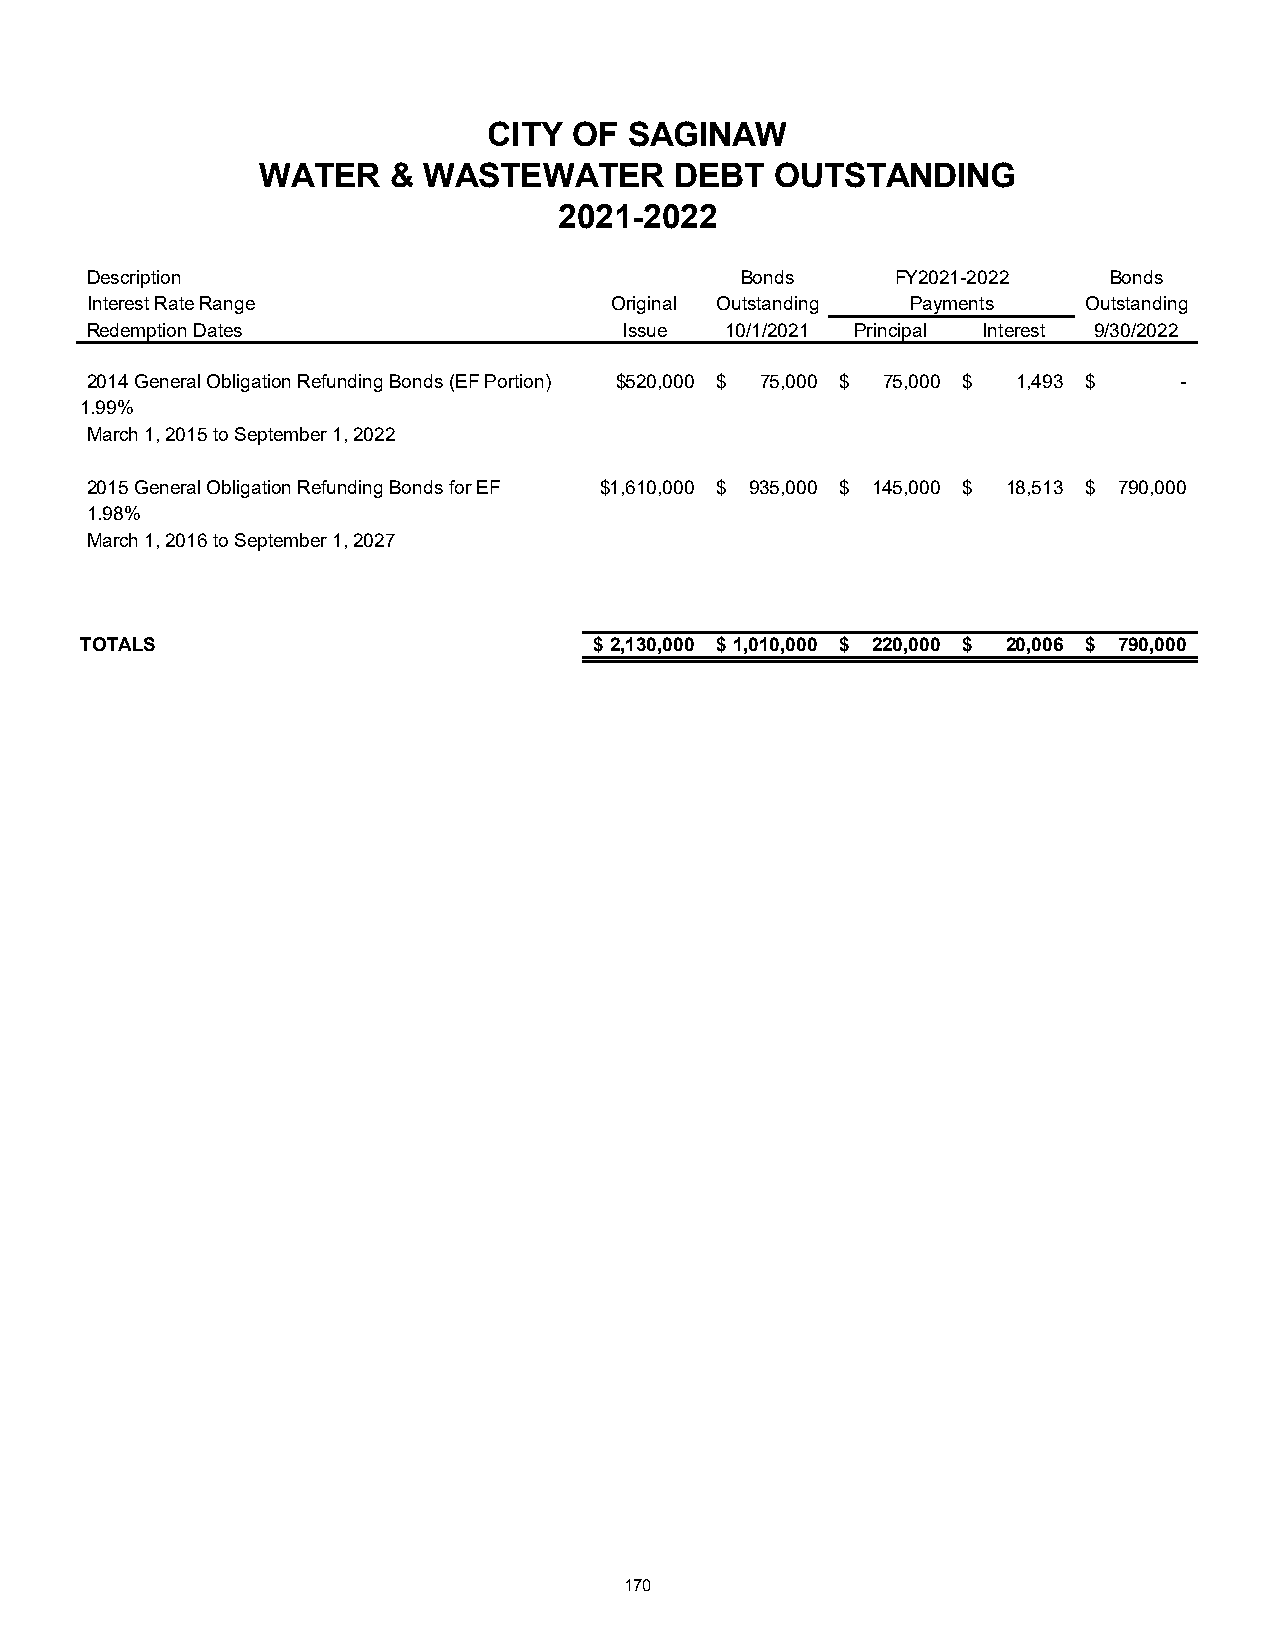
CITY  OF  SAGINAW
 WATER    & WASTEWATER       DEBT  OUTSTANDING
 2021-2022
 Description                                Bonds     FY2021-2022   Bonds
 Interest Rate Range               Original Outstanding Payments   Outstanding
 Redemption Dates                   Issue  10/1/2021 Principal Interest 9/30/2022
 2014 General Obligation Refunding Bonds (EF Portion) $520,000 $ 75,000 $ 75,000 $ 1 ,493 $ -
 1.99%
 March 1, 2015 to September 1, 2022
 2015 General Obligation Refunding Bonds for EF $1,610,000 $ 935,000 $ 145,000 $ 18,513 $ 790,000
 1.98%
 March 1, 2016 to September 1, 2027
 TOTALS                            $ 2,130,000 $ 1,010,000 $ 220,000 $ 20,006 $ 790,000
 170